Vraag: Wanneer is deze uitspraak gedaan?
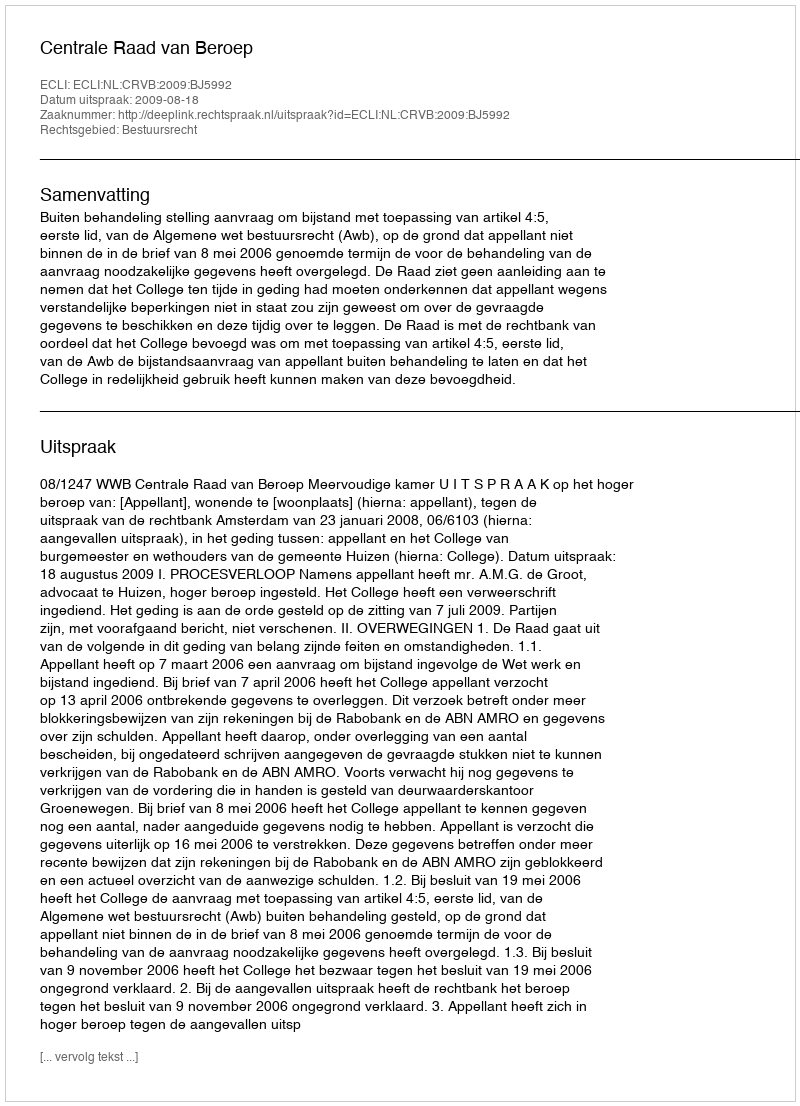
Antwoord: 2009-08-18